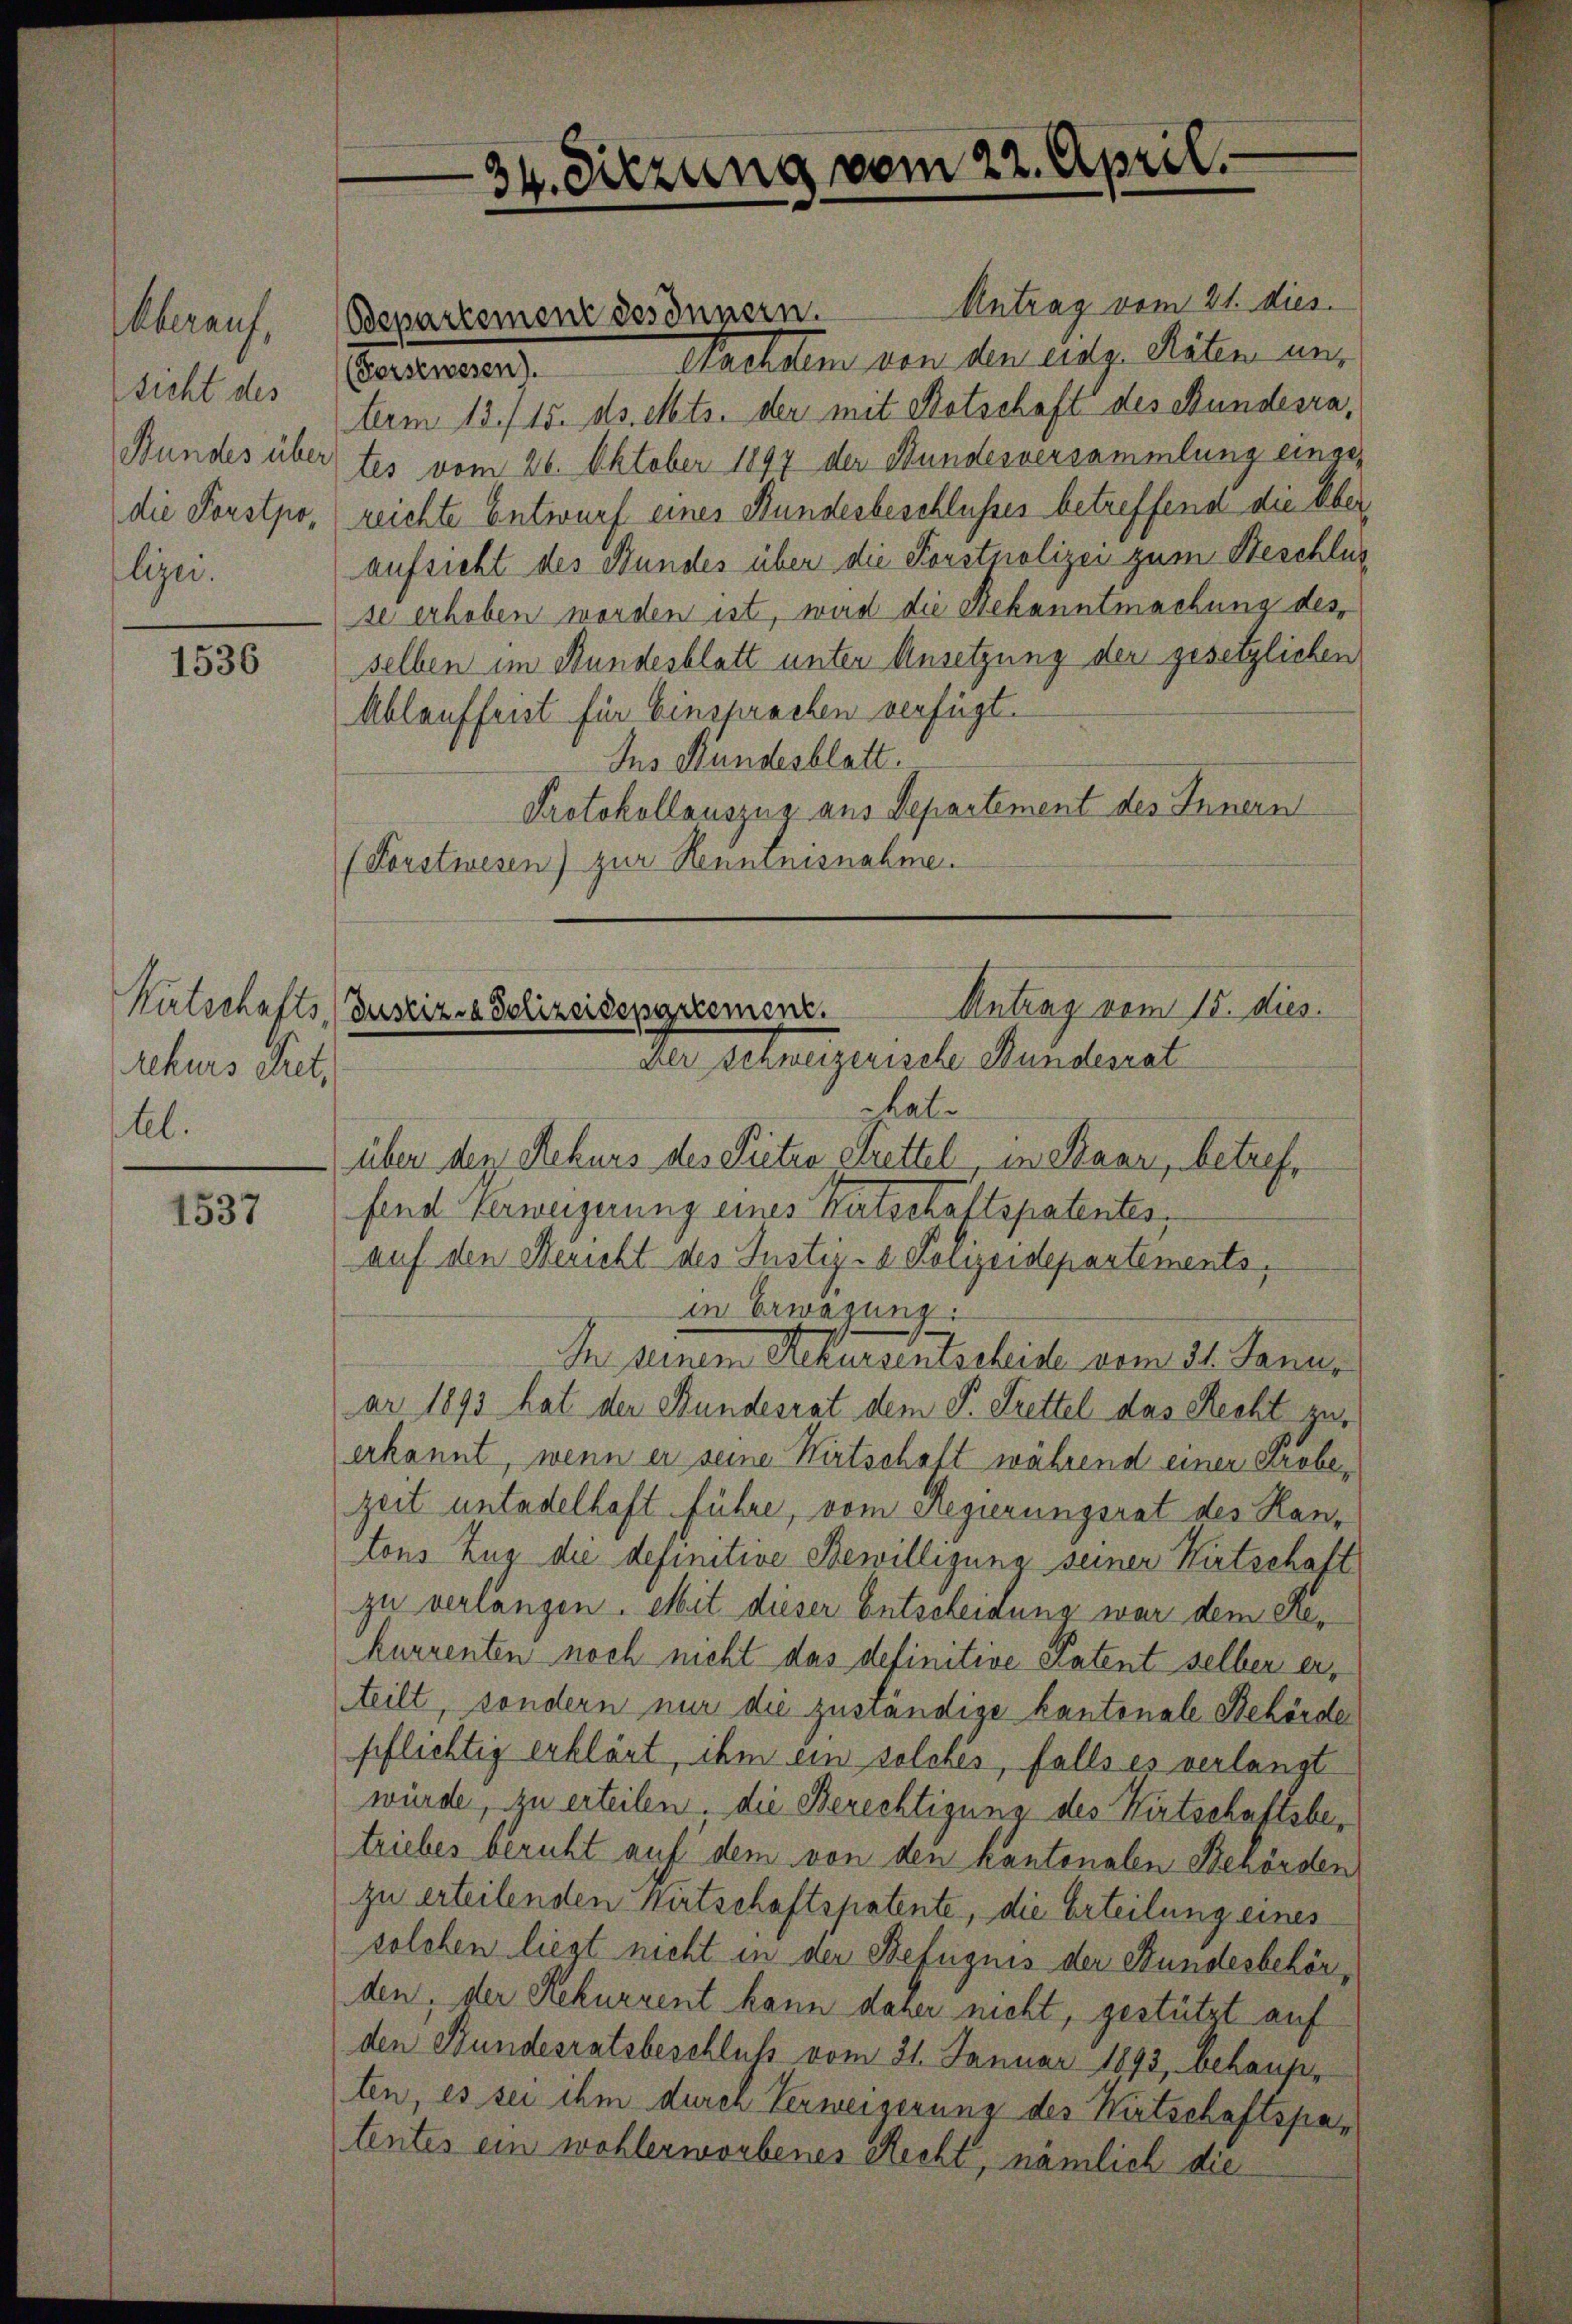
Cherauf,
sicht des
die Forstpofliger.

1536

Kutschafts,
Rekurs Pret,
tl.

1537

Bepartemenz des Innern. Antrag vom 21. dies
Fordenten tretten von den anz. Ritten an,
term 13./15. ds. Mts. der mit Botschaft des Bundesra¬
Bundes über tes vom 26. Oktober 1897 der Stundesversammlung eingereichte Entwurf eines Bundesbeschlusses betreffend die Überaufsicht des Bundes über die Forstpolizei zum Beschlus
se erhoben worden ist, wird die Bekanntmachung desselben im Stundesblatt unter Ansetzung der gesetzlichen
Ablauffrist für Einsprachen verfügt.
Ins Stundesblatt.
Protokollauszug aus Departement des Innern
(Forstwesen) zur Kenntnisnahme.

34. Sitzung vom 22. April.

Antrag vom 15. dies.
Justiz- & Polizeidepgriement.
Der Schweizerische Bundesrat

hate
über der Rekurs des Pieten Füttel, in Saar, betreffend Verweigerung eines Kutschaftspatentes,
auf den Bericht des Justiz- & Polizeidepartements,
in Erwägung.
In seinem Rekursenischeide vom 31. Janus
ar 1893 hat der Bundesrat dem P. Frettel das Recht zuerkannt, wenn er seine Wirtschaft während einer Probezeit untadelhaft führe, vom Regierungsrat des Hantons Zug die definitive Bewilligung seiner Wirtschaft
zu verlangen. Mit dieser Entscheidung war dem Rekurrenten noch nicht das definitive Patent selber erteilt, sondern nur die zuständige kantonale Behörde
pflichtig erklärt, ihm ein solches, falls es verlangt
würde, zu erteilen, die Berechtigung des Wirtschaftsbetriebes beruht auf dem von den kantonalen Behörden
zu erteilenden Wirtschaftspatente, die Erteilung eines
solchen liegt nicht in der Befugnis der Stundesbehörden, der Rekurrent kann daher nicht, gestützt auf
den Bundesratsbeschluß vom 21. Januar 1893, behaupten, es sei ihm durch Verweigerung des Wirtschaftspatentes ein wohlerworbenes Recht, nämlich die